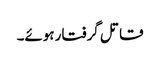
قاتل گرفتار ہوئے۔